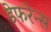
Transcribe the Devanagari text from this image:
डेफरेन्स